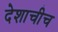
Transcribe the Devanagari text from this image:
देशाचीच